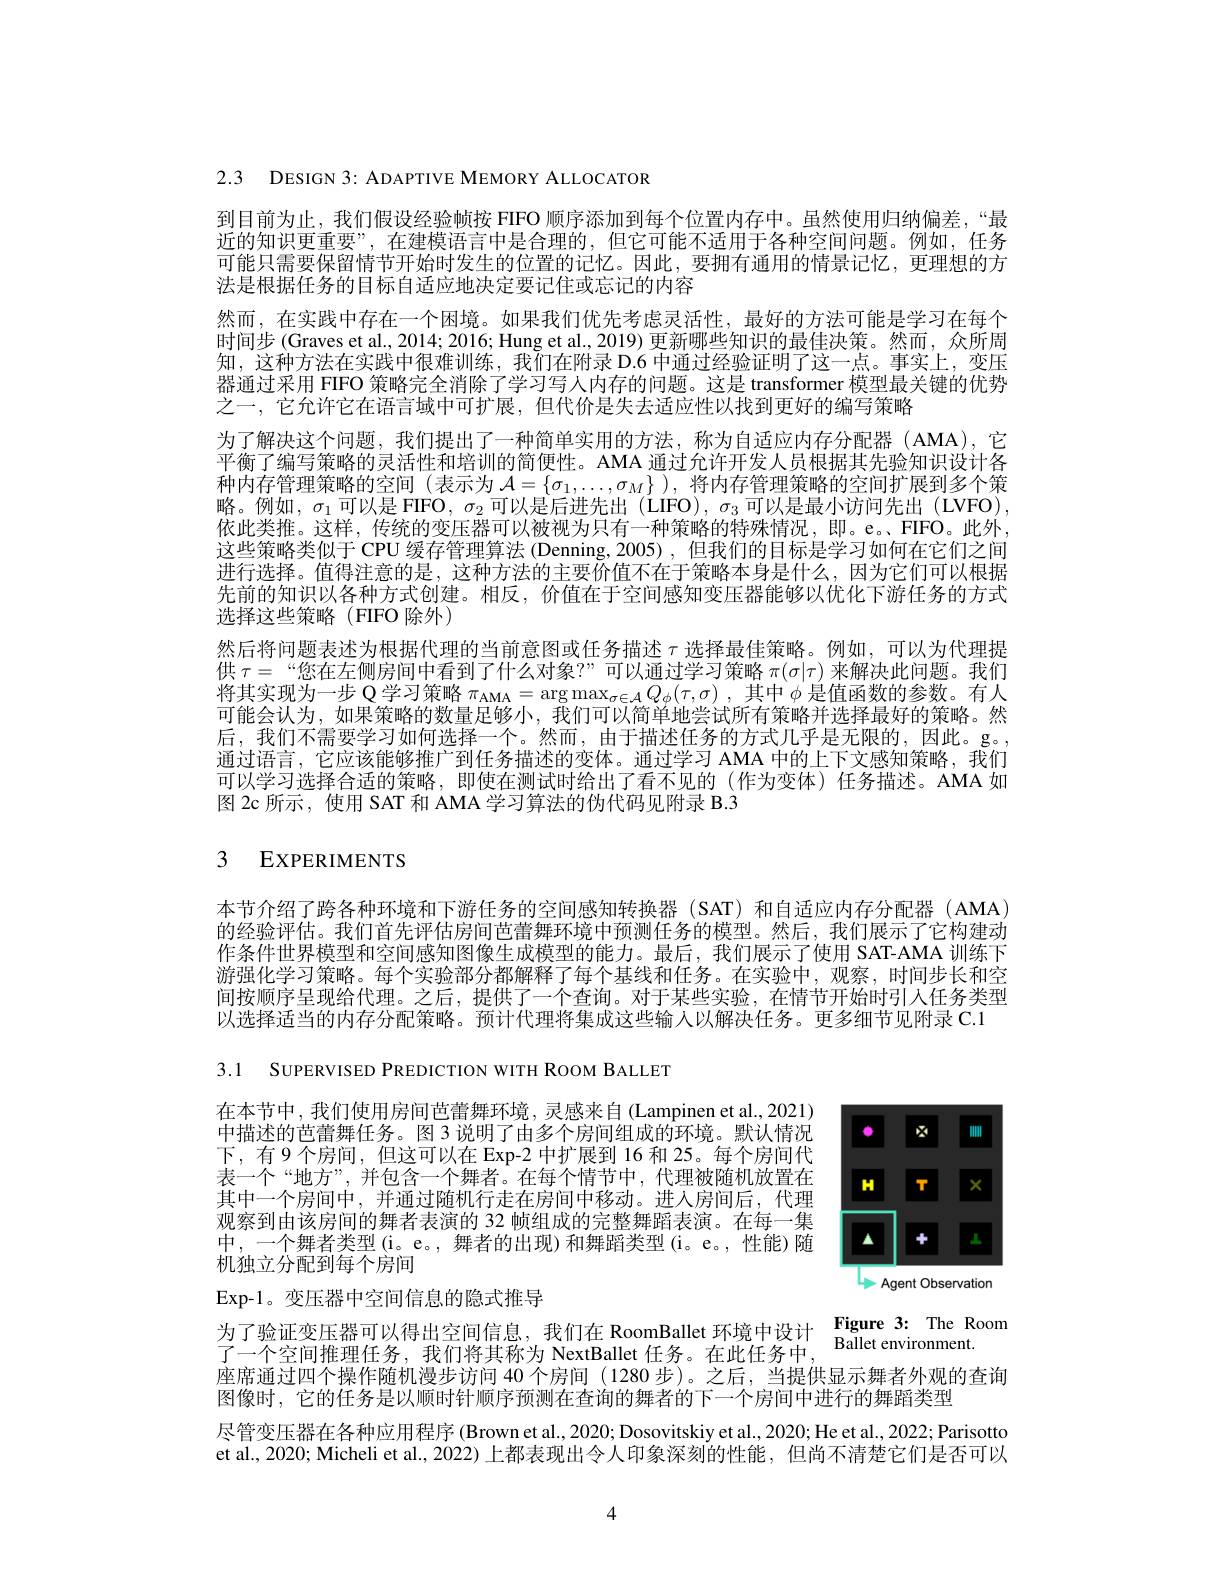
2.3 DESIGN 3: ADAPTIVE MEMORY ALLOCATOR

到目前为止，我们假设经验帧按 FIFO 顺序添加到每个位置内存中。虽然使用归纳偏差，“最近的知识更重要”,在建模语言中是合理的，但它可能不适用于各种空间问题。例如，任务可能只需要保留情节开始时发生的位置的记忆。因此，要拥有通用的情景记忆，更理想的方法是根据任务的目标自适应地决定要记住或忘记的内容
然而，在实践中存在一个困境。如果我们优先考虑灵活性，最好的方法可能是学习在每个时间步 (Graves et al., 2014; 2016; Hung et al., 2019) 更新哪些知识的最佳决策。然而，众所周知，这种方法在实践中很难训练，我们在附录 D.6 中通过经验证明了这一点。事实上，变压器通过采用 FIFO 策略完全消除了学习写人内存的问题。这是 transformer 模型最关键的优势之一，它允许它在语言域中可扩展，但代价是失去适应性以找到更好的编写策略
为了解决这个问题，我们提出了一种简单实用的方法，称为自适应内存分配器(AMA),它平衡了编写策略的灵活性和培训的简便性。AMA 通过允许开发人员根据其先验知识设计各种内存管理策略的空间 (表示为$\mathcal{A}=\{\sigma_1,\ldots,\sigma_M\}$ ),将内存管理策略的空间扩展到多个策略。例如，$\sigma_1$可以是 FIFO, $\sigma_2$可以是后进先出 (LIFO), $\sigma_3$可以是最小访问先出 (LVFO) 依此类推。这样，传统的变压器可以被视为只有一种策略的特殊情况，即。e。FIFO。此外， 这些策略类似于 CPU 缓存管理算法 (Denning,2005),但我们的目标是学习如何在它们之间进行选择。值得注意的是，这种方法的主要价值不在于策略本身是什么，因为它们可以根据先前的知识以各种方式创建。相反，价值在于空间感知变压器能够以优化下游任务的方式选择这些策略(FIFO 除外)
然后将问题表述为根据代理的当前意图或任务描述$\tau$选择最佳策略。例如，可以为代理提供$\tau=$“您在左侧房间中看到了什么对象？”可以通过学习策略$\pi(\sigma|\tau)$来解决此问题。我们将其实现为一步 Q学习策略$\pi _\mathrm{AMA}= \arg \max _{\sigma \in \mathcal{A} }Q_\phi ( \tau , \sigma )$ ,其中$\phi$是值函数的参数。有人可能会认为，如果策略的数量足够小，我们可以简单地尝试所有策略并选择最好的策略。然后，我们不需要学习如何选择一个。然而，由于描述任务的方式几乎是无限的，因此。g。, 通过语言，它应该能够推广到任务描述的变体。通过学习 AMA 中的上下文感知策略，我们可以学习选择合适的策略，即使在测试时给出了看不见的(作为变体)任务描述。AMA 如图 2c 所示，使用 SAT 和 AMA 学习算法的伪代码见附录 B.3

# 3 EXPERIMENTS

本节介绍了跨各种环境和下游任务的空间感知转换器 (SAT) 和自适应内存分配器 (AMA) 的经验评估。我们首先评估房间芭蕾舞环境中预测任务的模型。然后，我们展示了它构建动作条件世界模型和空间感知图像生成模型的能力。最后，我们展示了使用 SAT-AMA 训练下游强化学习策略。每个实验部分都解释了每个基线和任务。在实验中，观察，时间步长和空间按顺序呈现给代理。之后，提供了一个查询。对于某些实验，在情节开始时引入任务类型以选择适当的内存分配策略。预计代理将集成这些输入以解决任务。更多细节见附录 C.1

3.1 SUPERVISED PREDICTION WITH ROOM BALLET

在本节中，我们使用房间芭蕾舞环境，灵感来自(Lampinen et al.,2021) 中描述的芭蕾舞任务。图 3 说明了由多个房间组成的环境。默认情况下，有9个房间，但这可以在 Exp-2 中扩展到 16 和 25。每个房间代表一个“地方”,并包含一个舞者。在每个情节中，代理被随机放置在
<FigureHere>
其中一个房间中，并通过随机行走在房间中移动。进入房间后，代理观察到由该房间的舞者表演的 32 帧组成的完整舞蹈表演。在每一集中，一个舞者类型(i。e。, 舞者的出现)和舞蹈类型(i。e。,性能)随机独立分配到每个房间

Exp-1。变压器中空间信息的隐式推导

$\begin{array}{lll}\text{为了验证变压器可以得出空间信息，我们在 RoomBallet 环境中设计}&\textbf{Figure 3: The Room}\\\text{了一个空间推理任务，我们将其称为 NextBallet 任务。在此任务中，}\end{array}$Ballet environment.

座席通过四个操作随机漫步访问 40 个房间 (1280 步)。之后，当提供显示舞者外观的查询
图像时，它的任务是以顺时针顺序预测在查询的舞者的下一个房间中进行的舞蹈类型
尽管变压器在各种应用程序 (Brown et al., 2020; Dosovitskiy et al., 2020; He et al., 2022; Parisotto et al., 2020; Micheli et al., 2022) 上都表现出令人印象深刻的性能，但尚不清楚它们是否可以

4